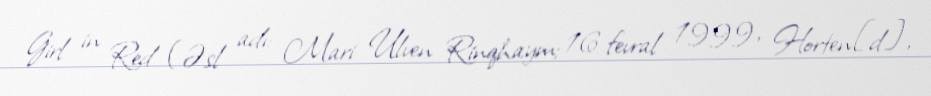
Girl in Red (Əsl adı: Mari Ulven Rinqhaym; 16 fevral 1999, Horten[d],